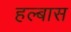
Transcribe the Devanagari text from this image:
हल्बास